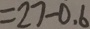
= 2 7 - 0 . 6